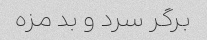
برگر سرد و بد مزه